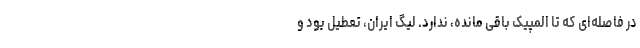
در فاصله‌ای که تا المپیک باقی مانده، ندارد. لیگ ایران، تعطیل بود و